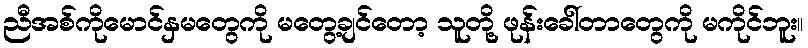
ညီအစ်ကိုမောင်နှမတွေကို မတွေ့ချင်တော့ သူတို့ ဖုန်းခေါ်တာတွေကို မကိုင်ဘူး။